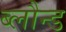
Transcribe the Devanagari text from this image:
ब्लौन्ड